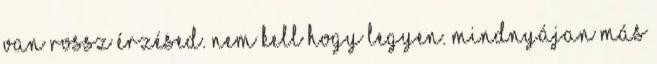
van rossz érzésed. Nem kell hogy legyen. Mindnyájan MÁS